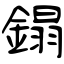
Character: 鎉